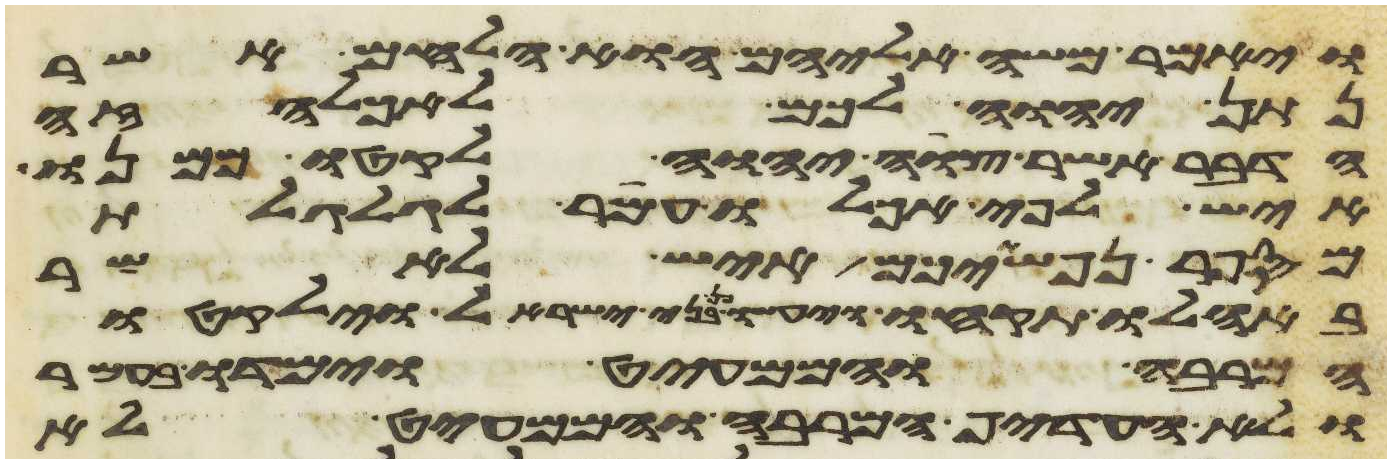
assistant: ויאמר משה אליהם הוא הלחם אשר
נתן יהוה לכם לאכלה זה
הדבר אשר צוה יהוה לקטו ממנו
איש לפי אכלו עמר לגלגלת
מספר נפשתיכם איש לאשר
באהלו תקחו ויעשו כן בני ישראל וילקטו
המרבה והממעיט וימדו בעמר
ולא העדיף המרבה והממעיט לא